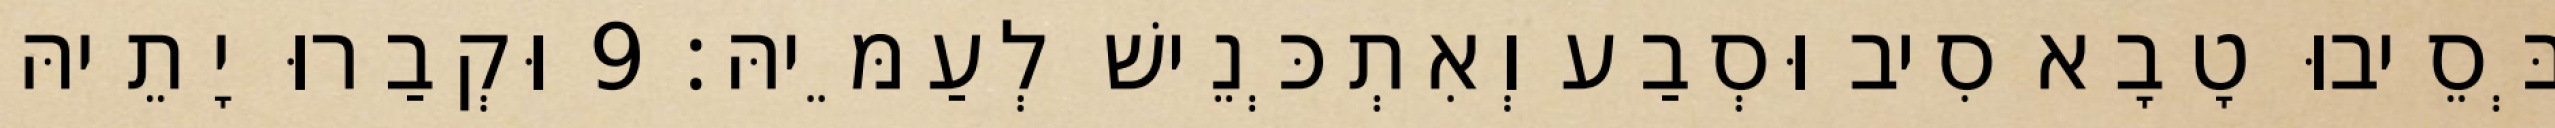
בְּסֵיבוּ טָבָא סִיב וּסְבַע וְאִתְכְּנֵישׁ לְעַמֵּיהּ׃ 9 וּקְבַרוּ יָתֵיהּ